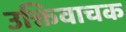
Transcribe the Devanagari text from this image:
उक्तिवाचक